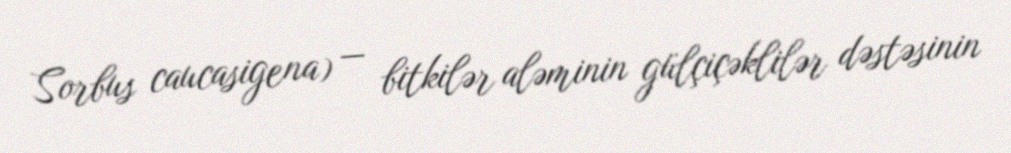
Sorbus caucasigena) — bitkilər aləminin gülçiçəklilər dəstəsinin